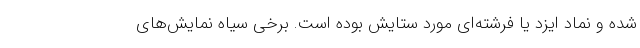
شده و نماد ایزد یا فرشته‌ای مورد ستایش بوده است. برخی سیاهِ نمایش‌های